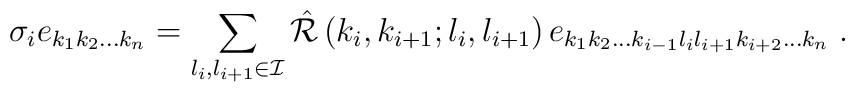
\sigma_i e_{k_1 k_2 \ldots k_n}=\sum\limits_{l_i,l_{i+1} \in {\cal I}}{\hat {\cal R}}\left(k_i, k_{i+1};l_i, l_{i+1}\right)e_{k_1 k_2 \ldots k_{i-1} l_i l_{i+1} k_{i+2} \ldots k_n}\;.